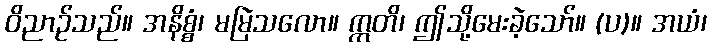
ဝိညာဉ်သည်။ အနိစ္စံ၊ မမြဲသလော။ ဣတိ၊ ဤသို့မေးခဲ့သော်။ (ပ)။ အယံ၊